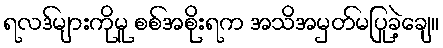
ရလဒ်များကိုမူ စစ်အစိုးရက အသိအမှတ်မပြုခဲ့ချေ။